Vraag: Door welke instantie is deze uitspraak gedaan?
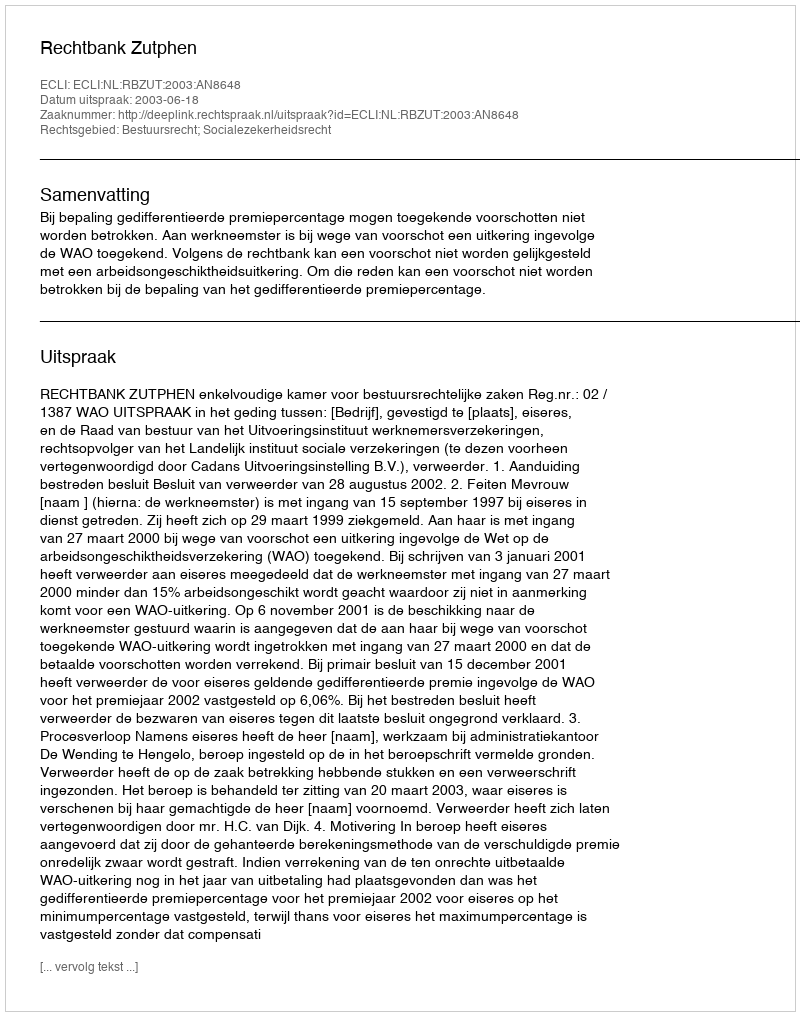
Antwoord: Rechtbank Zutphen